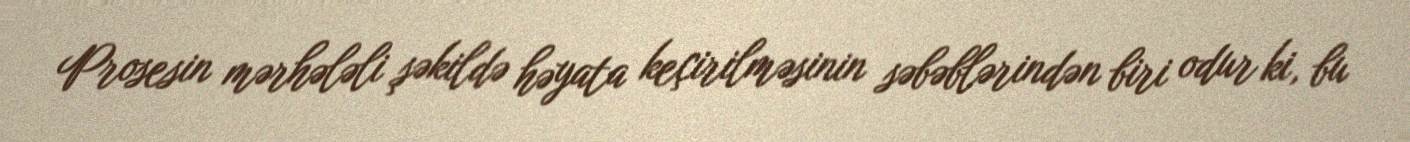
Prosesin mərhələli şəkildə həyata keçirilməsinin səbəblərindən biri odur ki, bu